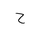
Letter: _ha